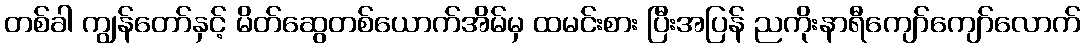
တစ်ခါ ကျွန်တော်နှင့် မိတ်ဆွေတစ်ယောက်အိမ်မှ ထမင်းစား ပြီးအပြန် ညကိုးနာရီကျော်ကျော်လောက်